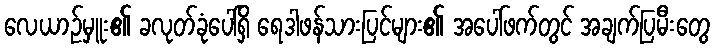
လေယာဉ်မှူး၏ ခလုတ်ခုံပေါ်ရှိ ရေဒါဖန်သားပြင်များ၏ အပေါ်ဖက်တွင် အချက်ပြမီးတွေ